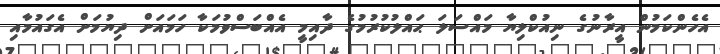
އެހެންކަމުން އީރާނުގެ ނިއުކްލިޔާ މައްސަލަ ޙައްލުކުރުމުގެ ދާއިމީ އެއްބަސްވުމަކާ ހަމައަށް ދިޔުމަށް އެގައުމާއި